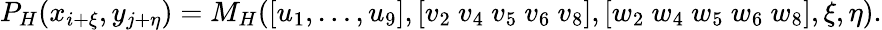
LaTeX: P_{H}(x_{i+\xi},y_{j+\eta})=M_{H}([u_{1},\dots,u_{9}],[v_{2}~v_{4}~v_{5}~v_{6}~v_{8}],[w_{2}~w_{4}~w_{5}~w_{6}~w_{8}],\xi,\eta).